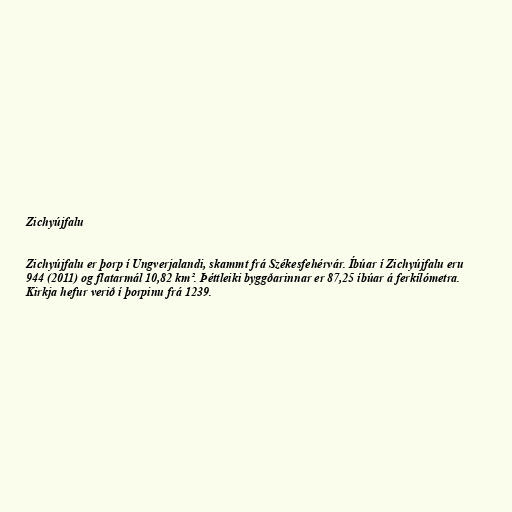
Zichyújfalu

Zichyújfalu er þorp í Ungverjalandi, skammt frá Székesfehérvár. Íbúar í Zichyújfalu eru
944 (2011) og flatarmál 10,82 km². Þéttleiki byggðarinnar er 87,25 íbúar á ferkílómetra.
Kirkja hefur verið í þorpinu frá 1239.